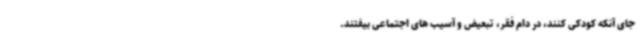
جای آنکه کودکی کنند، در دام فقر، تبعیض و آسیب های اجتماعی بیفتند.